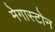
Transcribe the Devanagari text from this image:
मेगास्टोन